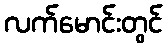
လက်မောင်းတွင်